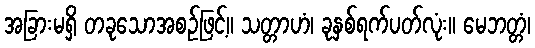
အခြားမရှိ တခုသောအစဉ်ဖြင့်။ သတ္တာဟံ၊ ခုနှစ်ရက်ပတ်လုံး။ မေဘတ္တံ၊